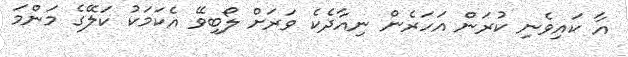
އާ ކައިވެނި ކުރަން އަހަރެން ނިއާދެކެ ވަރަށް ލޯބިވޭ އެކަމަކު ކަލޭގެ މަންމަ